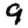
Digit: 9